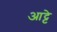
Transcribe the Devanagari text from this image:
आट्टे